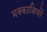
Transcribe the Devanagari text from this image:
मक्काबियों